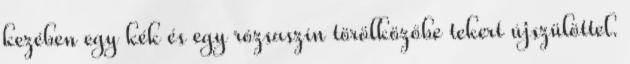
kezében egy kék és egy rózsaszín törölközőbe tekert újszülöttel.